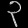
Digit: ၃